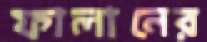
ফালানের